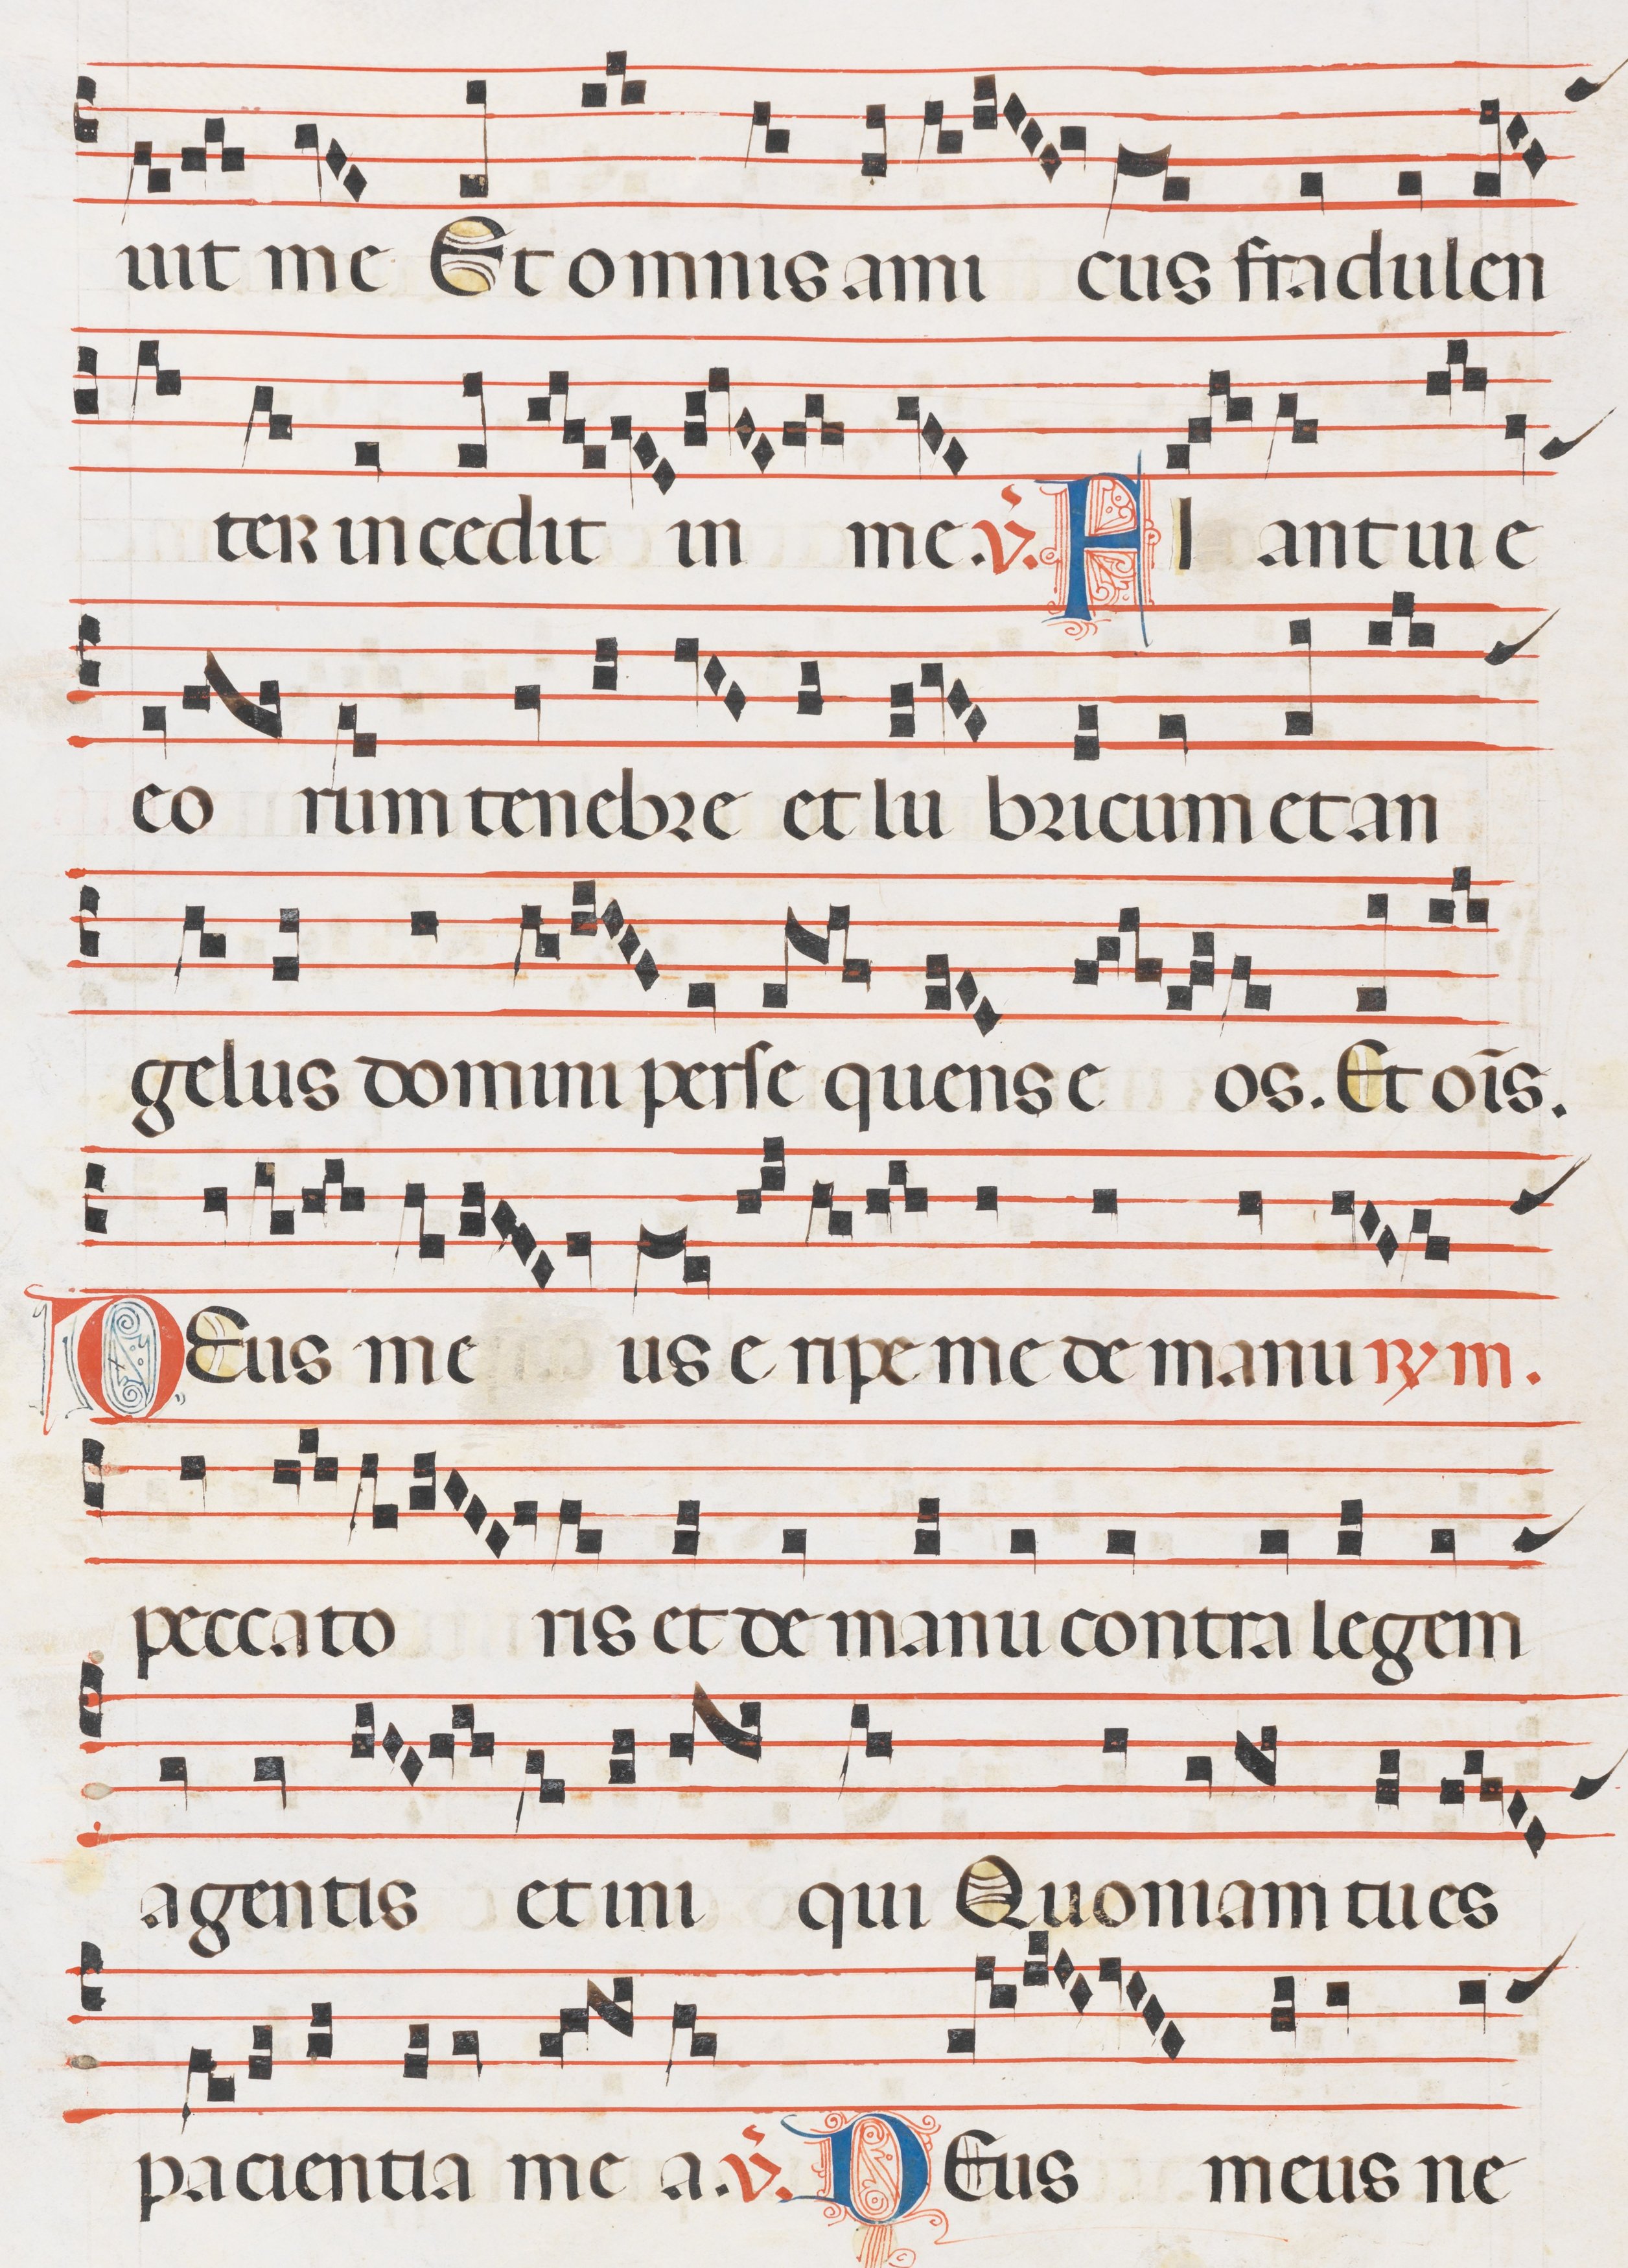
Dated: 1300–1330